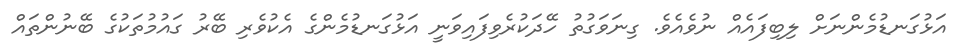
އަޅުގަނޑުމެންނަށް ލިބިފައެއް ނުވެއެވެ. ގިނަވަގުތު ހޭދަކުރެވިފައިވަނީ އަޅުގަނޑުމެންގެ އެކުވެރި ބޭރު ގައުމުތަކުގެ ބޭނުންތައް